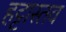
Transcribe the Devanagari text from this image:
हट्टास्तव